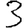
Digit: 3